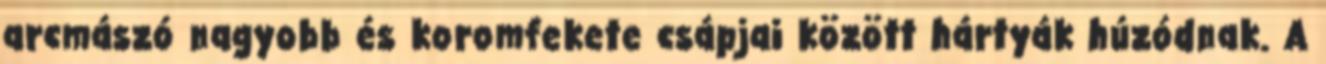
arcmászó nagyobb és koromfekete csápjai között hártyák húzódnak. A